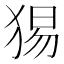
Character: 𤟍